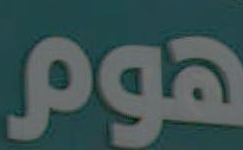
هوم